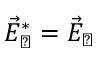
\vec { E } _ { \perp } ^ { * } = \vec { E } _ { \perp }